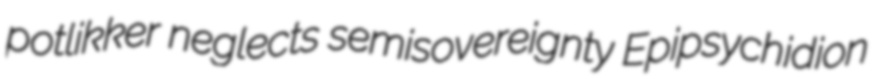
potlikker neglects semisovereignty Epipsychidion